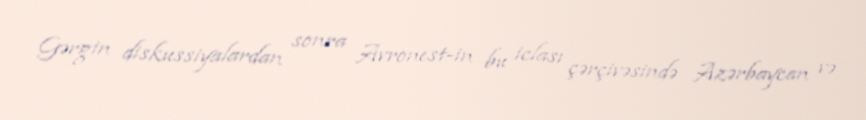
Gərgin diskussiyalardan sonra Avronest-in bu iclası çərçivəsində Azərbaycan və